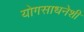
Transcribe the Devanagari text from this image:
योगसाधनेशी